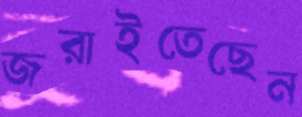
জরাইতেছেন